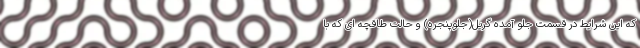
که این شرایط در قسمت جلو آمده گریل(جلوپنجره) و حالت طاقچه ای که با